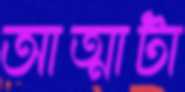
আত্মাটা